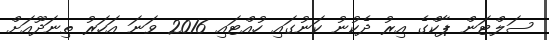
ސަލްޓަން ޕާކްގެ އިރު ދެކުނު ކަނުގައި ހުއްޓައި 2016 ވަނަ އަހަރު ތިނަދޫއަށް